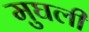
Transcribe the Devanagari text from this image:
मुघली